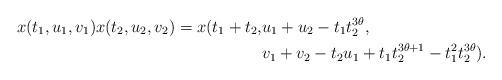
LaTeX: \begin{align*} x(t_{1},u_{1},v_{1})x(t_{2},u_{2},v_{2})=x(t_{1}+t_{2},&u_{1}+u_{2}-t_{1}t_{2}^{3\theta},\\ &v_{1}+v_{2}-t_{2}u_{1}+t_{1}t_{2}^{3\theta+1}-t_{1}^{2}t_{2}^{3\theta}).\end{align*}